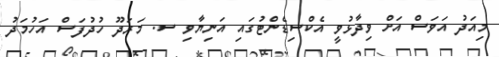
މިއަދު އަވަސް އަށް ވިދާޅުވީ އެކްސިޑެންޓުގައި އަނިޔާވި ސ. މަރަދޫ ހުދުފަސް އަހުމަދު